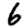
Digit: 6